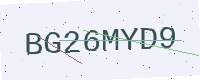
Text: BG26MYD9